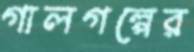
গালগল্পের